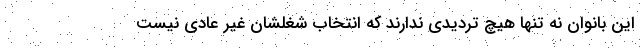
این بانوان نه تنها هیچ تردیدی ندارند که انتخاب شغلشان غیر عادی نیست